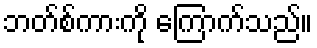
ဘတ်စ်ကားကို ကြောက်သည်။